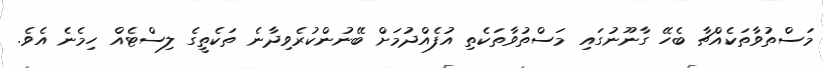
މަސްތުވާތަކެއްޗާ ބެހޭ ގާނޫނުގައި މަސްތުވާތަކެތި އުފެއްދުމަށް ބޭނުންކުރެވިދާނެ ތަކެތީގެ ލިސްޓެއް ހިމެނެ އެވެ.